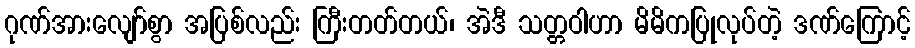
ဂုဏ်အားလျော်စွာ အပြစ်လည်း ကြီးတတ်တယ်၊ အဲဒီ သတ္တဝါဟာ မိမိကပြုလုပ်တဲ့ ဒဏ်ကြောင့်